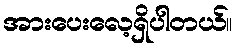
အားပေးလေ့ရှိပါတယ်။